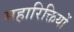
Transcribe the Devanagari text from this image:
महारिक्तियों